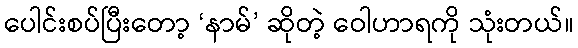
ပေါင်းစပ်ပြီးတော့ ‘နာမ်’ ဆိုတဲ့ ဝေါဟာရကို သုံးတယ်။